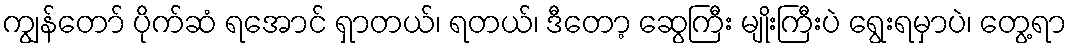
ကျွန်တော် ပိုက်ဆံ ရအောင် ရှာတယ်၊ ရတယ်၊ ဒီတော့ ဆွေကြီး မျိုးကြီးပဲ ရွေးရမှာပဲ၊ တွေ့ရာ